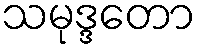
သမုဒ္ဒတော